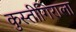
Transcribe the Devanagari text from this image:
कुस्तीगिराला